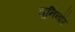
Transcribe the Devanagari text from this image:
यूनिनॉर